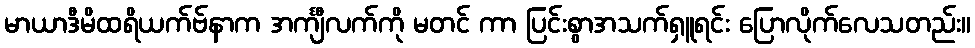
မာယာဒီမိထရိယက်ဗ်နာက အင်္ကျီလက်ကို မတင် ကာ ပြင်းစွာအသက်ရှူရင်း ပြောလိုက်လေသတည်း။